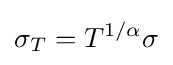
\sigma _{T}=T^{1/\alpha }\sigma